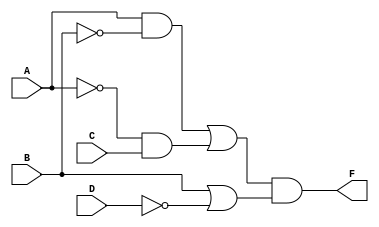
module Lab1_gatelevel(F, A, B, C, D);
	output F;
	input A, B, C, D;
	wire w1, w2, w3, w4;
	
	and G1(w1, A, !B);
	and G2(w2, !A, C);
	or G3(w3, w1, w2);
	or G4(w4, B, !D);
	and G5(F, w3, w4);
endmodule